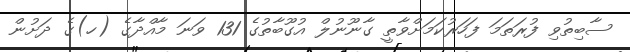
ސާބިތުވި ފުރަތަމަ ފަހަރުކަމަށްވާތީ ގާނޫނުލް އުގޫބާތުގެ 131 ވަނަ މާއްދާގެ (ހ)ގެ ދަށުން